Report of the King Institute of Preventive Medicine, Guindy
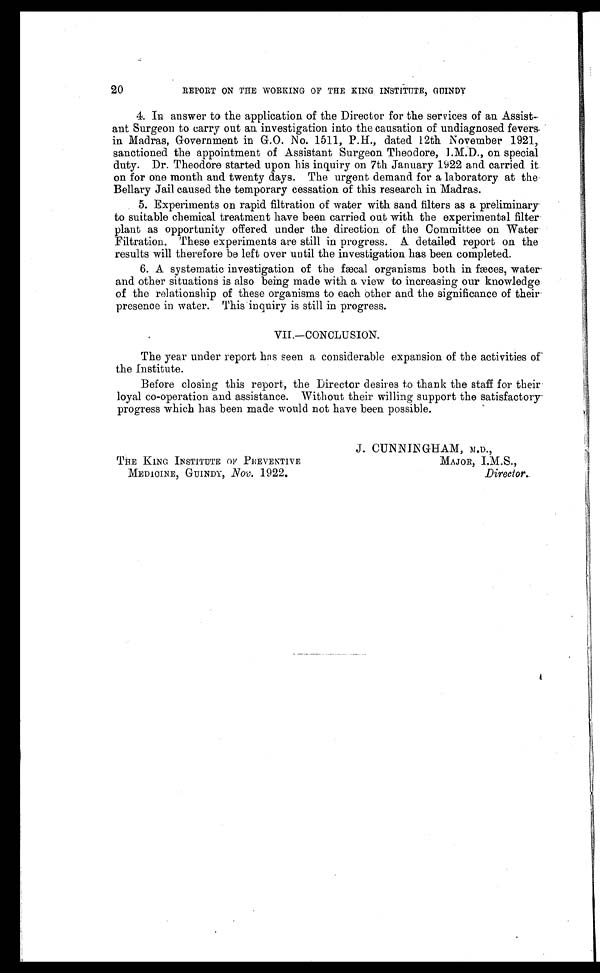
REPORT ON THE WORKING OF THE KING INSTITUTE, GUINDY
4. In answer to the application of the Director for the services of an Assist-
ant Surgeon to carry out an investigation into the causation of undiagnosed fevers
in Madras, Government in G.O. No. 1511, P.H., dated 12th November 1921,
sanctioned the appointment of Assistant Surgeon Theodore, I.M.D., on special.
duty. Dr. Theodore started upon his inquiry on 7th January 1922 and carried it
on for one month and twenty days. The urgent demand for a laboratory at the
Bellary Jail caused the temporary cessation of this research in Madras.
5. Experiments on rapid filtration of water with sand filters as a preliminary
to suitable chemical treatment have been carried out with the experimental filter
plant as opportunity offered under the direction of the Committee on Water
Filtration. These experiments are still in progress. A detailed report on the
results will therefore be left over until the investigation has been completed.
6. A systematic investigation of the fæcal organisms both in fæces, water
and other situations is also being made with a view to increasing our knowledge
of the relationship of these organisms to each other and the significance of their
presence in water. This inquiry is still in progress.
VII.—CONCLUSION.
The year under report has seen a considerable expansion of the activities of
the Institute.
Before closing this report, the Director desires to thank the staff for their
loyal co-operation and assistance. Without their willing support the satisfactory
progress which has been made would not have been possible.
20
THE KING INSTITUTE OF PREVENTIVE
MEDICINE, GUINDY, NOV . 1922.
J. CUNNINGHAM, M.D.,
MAJOR, I.M.S.,
Director.